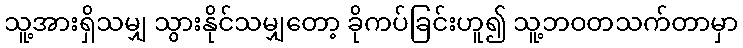
သူ့အားရှိသမျှ သွားနိုင်သမျှတော့ ခိုကပ်ခြင်းဟူ၍ သူ့ဘဝတသက်တာမှာ